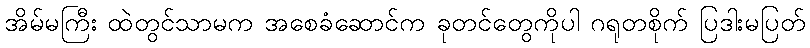
အိမ်မကြီး ထဲတွင်သာမက အစေခံဆောင်က ခုတင်တွေကိုပါ ဂရုတစိုက် ပြဒါးမပြတ်